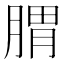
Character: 𦝩